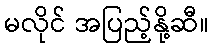
မလိုင် အပြည့်နို့ဆီ။